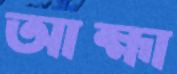
আহ্মা